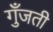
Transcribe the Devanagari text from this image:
गुँजती